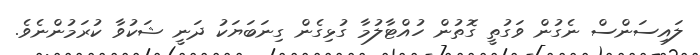
ލައިސަންސް ނެގުން ވަގުތީ ގޮތުން ހުއްޓާލުމާ ގުޅިގެން ގިނަބަޔަކު ދަނީ ޝަކުވާ ކުރަމުންނެވެ.